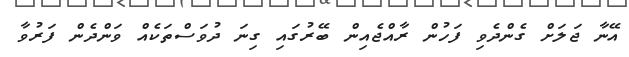
އޭނާ ޖަލަށް ގެންދެވި ފަހުން ރާއްޖެއިން ބޭރުގައި ގިނަ ދުވަސްތަކެއް ވަންދެން ފަރުވާ